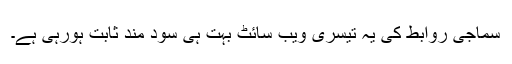
سماجی روابط کی یہ تیسری ویب سائٹ بہت ہی سود مند ثابت ہورہی ہے۔